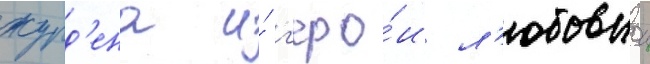
журд'ена и́ г'еро́и л'юбовнои